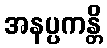
အနပ္ပကန္တိ